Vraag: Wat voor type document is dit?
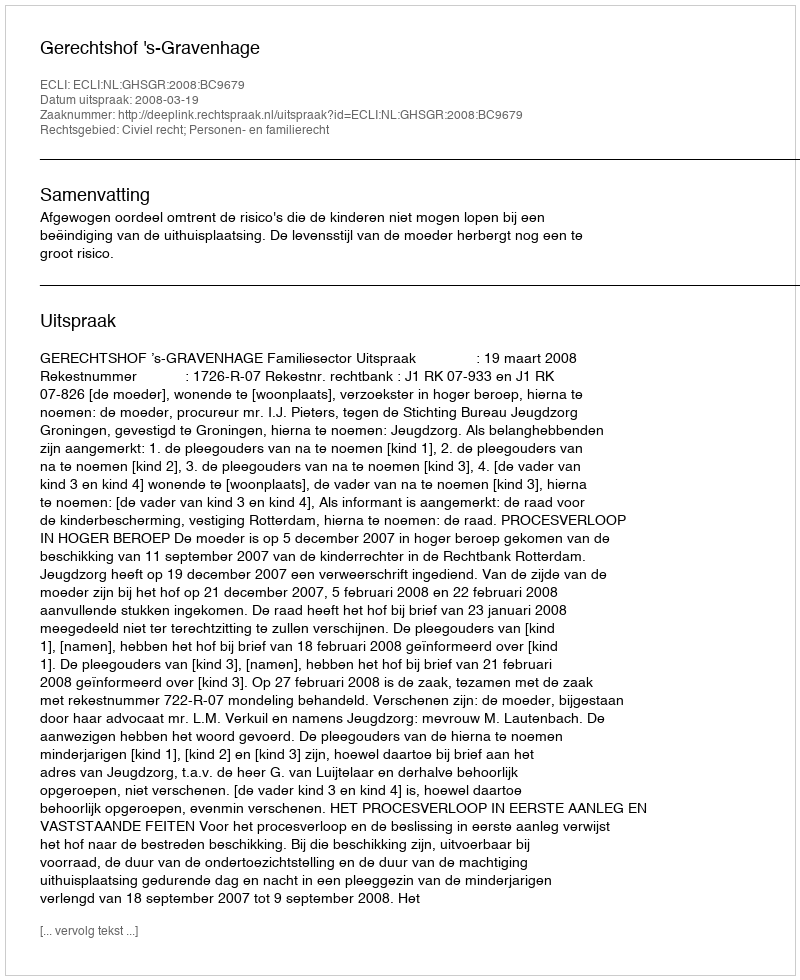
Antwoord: Uitspraak